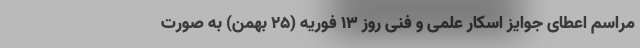
مراسم اعطای جوایز اسکار علمی و فنی روز ۱۳ فوریه (۲۵ بهمن) به صورت